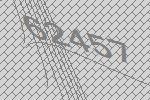
62457